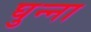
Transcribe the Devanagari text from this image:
घुन्ना